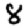
Digit: 8